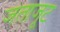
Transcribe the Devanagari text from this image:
जताजूट